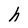
Character: h